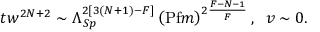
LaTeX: t w ^ { 2 N + 2 } \sim \Lambda _ { S p } ^ { 2 [ 3 ( N + 1 ) - F ] } \left( \mathrm { P f } m \right) ^ { 2 \frac { F - N - 1 } { F } } , \; \; v \sim 0 .